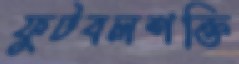
ফুটবলশক্তি